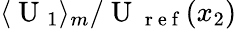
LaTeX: \langle\mathrm{~U~}_{1}\rangle_{m}/\mathrm{~U~}_{\mathrm{~r~e~f~}}(x_{2})